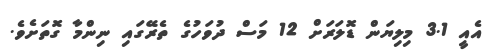
އެއީ 3.1 މިލިޔަން ޑޮލަރަށް 12 މަސް ދުވަހުގެ ތެރޭގައި ނިންމާ ގޮތަށެވެ.